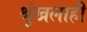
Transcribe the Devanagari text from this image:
श्रुंखलाही